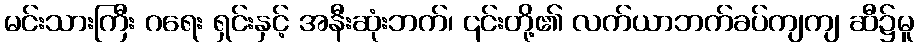
မင်းသားကြီး ဂရေး ရှင်းနှင့် အနီးဆုံးဘက်၊ ၎င်းတို့၏ လက်ယာဘက်ခပ်ကျကျ ဆီ၌မူ